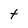
Character: t